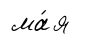
ма́я